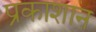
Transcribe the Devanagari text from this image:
प्रकाशान